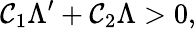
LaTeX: \mathcal{C}_{1}\Lambda^{\prime}+\mathcal{C}_{2}\Lambda>0,